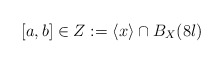
\begin{align*} [a,b] \in Z:= \langle x \rangle \cap B_X (8l) \end{align*}